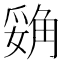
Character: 𲁝